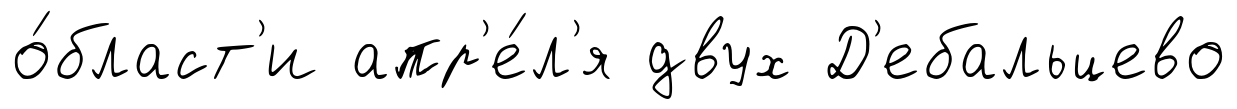
о́бласт'и апр'е́л'я двух Д'ебальцево